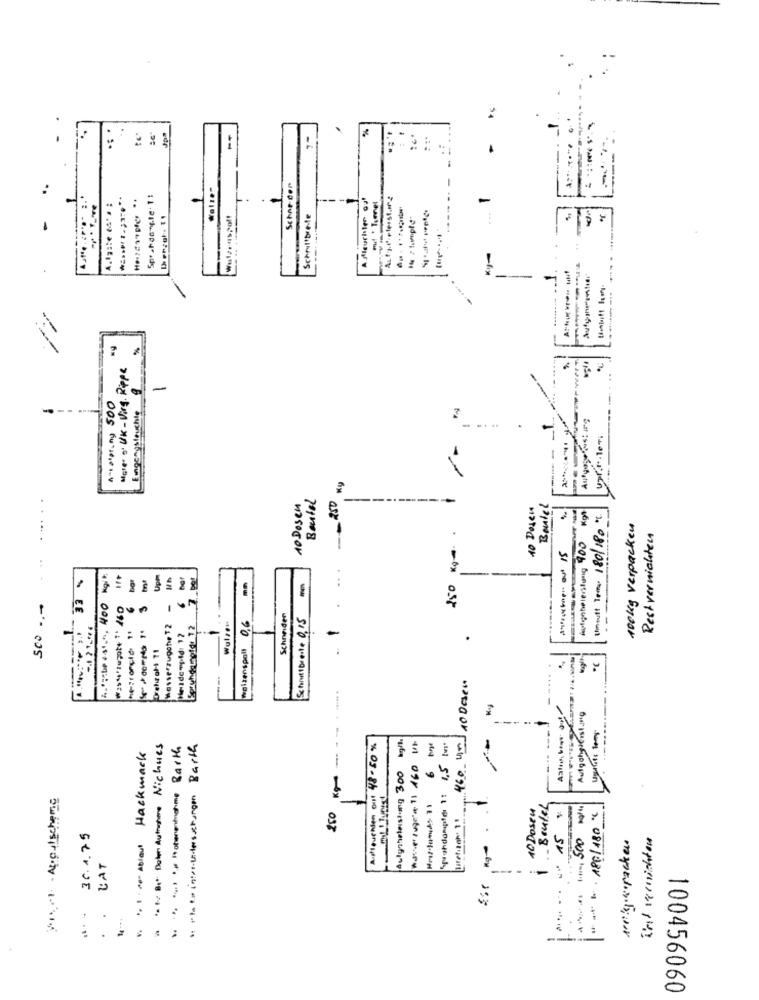
%
:
--
..
Wolzo-
Schor cor
Spratdongle . 1:
Affigurher ou'
mit * Tienel
...
Wullenspot!
Schrultbre-fe
1 7 1umpld"
--
More' s' UK - Virg. Rope
-
Antalpt_hg 500
--
Eingangsfeuchte
....
----
Upr.I .. leTi
Beutel
250
10 Dosen
40 Descu
Bantel
. ...
Umoult Tpms 180/180
--
100kg verpacken
Rest vernichten
Kg -.
33 %
Upm
-
SCO -,-
3
-
walzenspall 0,6
Schneider
Schrittbreite 0,15
.-.
Messerzugche T 2
Walzen
------
Hetdempld: 12
.
=
.
460 un/10 Deser
.....
-------
kg/t.
----
. Bu Bit: Botar Autrustme Nichtes
. . get / Roteresiahome Barth
" stato intrudersuchungen Barth
Aufleuchen out 48 -50 %
"Pohdampla 1: 1,5 'm
Hackmack
Aulysheleistung 300
6
§1 - At.gulscheme
250
-
10 Doseu
Beutel
....... .. 15 %
2.0001 500 Kg/4
. art . 180/180
30.4.75
I'd vernichten
weeks.racken
LAT
-
100456060